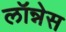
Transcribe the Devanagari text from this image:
लॉन्नेस